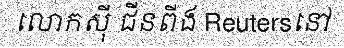
លោកស៊ី ជីនពីង Reutersនៅ